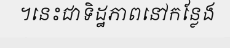
។នេះជាទិដ្ឋភាពនៅកន្លែង